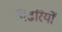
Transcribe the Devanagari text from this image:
पिंढरियों